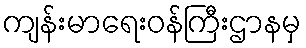
ကျန်းမာရေးဝန်ကြီးဌာနမှ